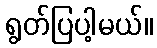
ရွတ်ပြပါ့မယ်။